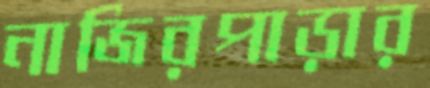
নাজিরপাড়ার